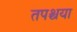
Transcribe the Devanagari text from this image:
तपश्चया